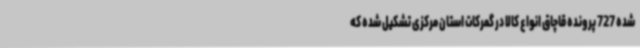
شده 727 پرونده قاچاق انواع کالا در گمرکات استان مرکزی تشکیل شده که